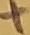
Text: +